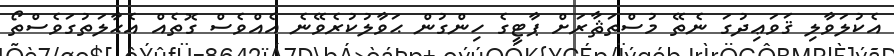
އެކުލަވާލި ޤަވަޢިދުގަ ނެތޭ މުސްތަޘާރަށް ޕާޓީގެ ހިންގުން ޙަވާލުކުރެވޭނެ އެއްވެސް ގޮތެއް އެޙާލަތުގަވެސްތޯ